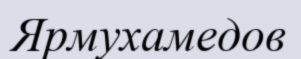
Ярмухамедов